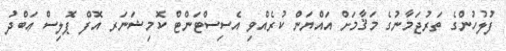
ފުލުހުންގެ ތަރުޖަމާނުގެ މަޤާމަށް އައްޔަން ކުރެއްވި އެސިސްޓަންޓް ކޮމިޝަނަރ އޮފް ޕޮލިސް ޢަބްދު